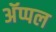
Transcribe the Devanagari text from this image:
अॅप्पल